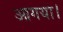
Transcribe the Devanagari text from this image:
आगया।